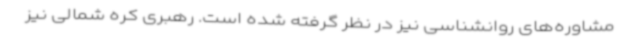
مشاوره‌های روانشناسی نیز در نظر گرفته شده است. رهبری کره شمالی نیز